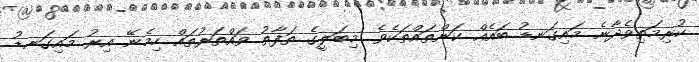
ކުރިމަތިވެދާނެ މައިގަނޑު ބައެއް ކަންތައްތަކެވެ. މިބަލީގެ ތަފާތު ވައްތަރުތައް ހިމެނޭ އިރު މައިގަނޑު